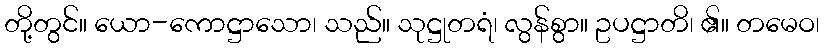
တို့တွင်။ ယော-ကောဋ္ဌာသော၊ သည်။ သုဋ္ဌုတရံ၊ လွန်စွာ။ ဥပဋ္ဌာတိ၊ ၏။ တမေဝ၊